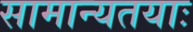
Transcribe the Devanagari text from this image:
सामान्यतयाः